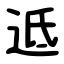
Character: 䢑